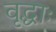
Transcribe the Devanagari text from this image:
वृद्धाः